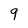
Character: 9